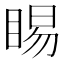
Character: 睗